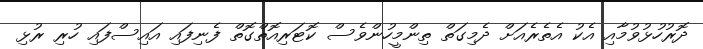
ދޮރުހުޅުވުމާއި އެކު އެތެރެއަށް ދެމިގަތް ތިންމީހުންވެސް ކޮޓަރިއޮތްގޮތް ފެނިފައި އައިސްފައި ހުރި ރުޅި